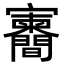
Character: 𪧶